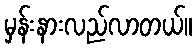
မှန်းနားလည်လာတယ်။